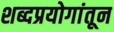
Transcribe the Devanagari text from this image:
शब्दप्रयोगांतून